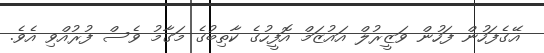
އޭގެފަހުން ފަހުން ވަޒީރުލް އައުޒަމް އޮފީހުގެ ކާތިބުގެ މަގާމު ވެސް ފުރުއްވި އެވެ.